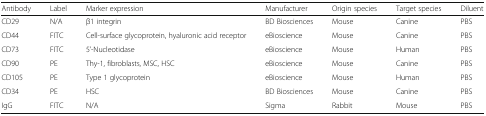
| Antibody | Label | Marker expression | Manufacturer | Origin species | Target species | Diluent |
 | --- | --- | --- | --- | --- | --- | --- |
 | CD29 | N/A | β1 integrin | BD Biosciences | Mouse | Canine | PBS |
 | CD44 | FITC | Cell-surface glycoprotein, hyaluronic acid receptor | eBioscience | Mouse | Canine | PBS |
 | CD73 | FITC | 5’-Nucleotidase | eBioscience | Mouse | Human | PBS |
 | CD90 | PE | Thy-1, fibroblasts, MSC, HSC | eBioscience | Mouse | Canine | PBS |
 | CD105 | PE | Type 1 glycoprotein | eBioscience | Mouse | Human | PBS |
 | CD34 | PE | HSC | BD Biosciences | Mouse | Canine | PBS |
 | IgG | FITC | N/A | Sigma | Rabbit | Mouse | PBS |